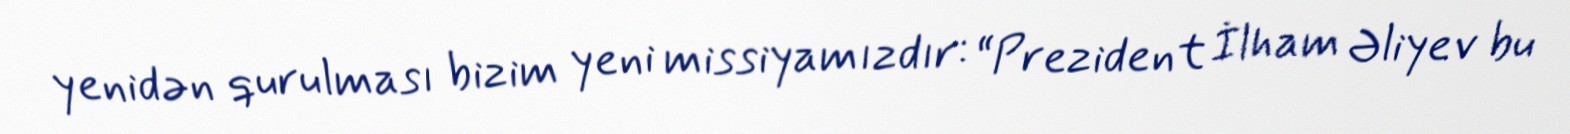
yenidən qurulması bizim yeni missiyamızdır: “Prezident İlham Əliyev bu